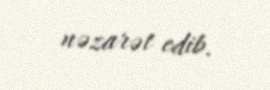
nəzarət edib.